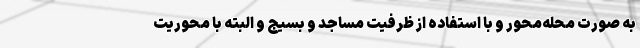
به صورت محله‌محور و با استفاده از ظرفیت مساجد و بسیج و البته با محوریت